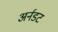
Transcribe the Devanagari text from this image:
अर्नडट